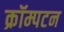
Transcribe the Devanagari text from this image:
क्रॉम्पटन